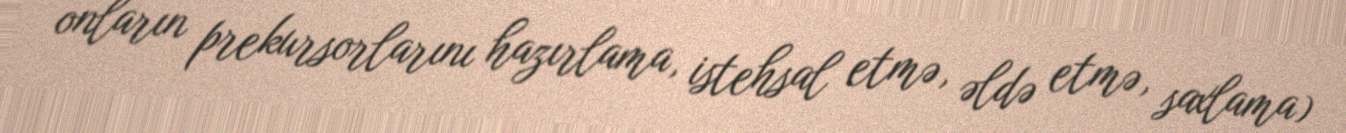
onların prekursorlarını hazırlama, istehsal etmə, əldə etmə, saxlama)